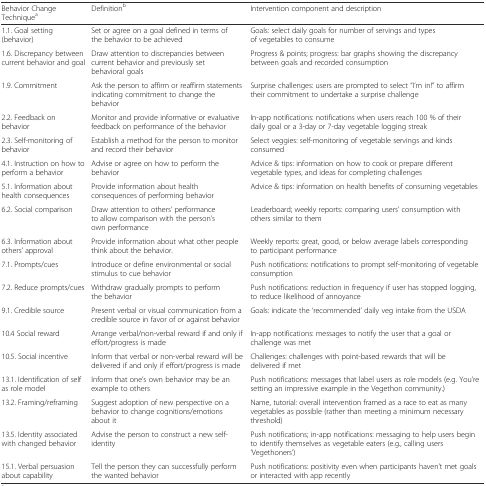
| Behavior Change Techniquea | Definitionb | Intervention component and description |
 | --- | --- | --- |
 | 1.1. Goal setting (behavior) | Set or agree on a goal defined in terms of the behavior to be achieved | Goals: select daily goals for number of servings and types of vegetables to consume |
 | 1.6. Discrepancy between current behavior and goal | Draw attention to discrepancies between current behavior and previously set behavioral goals | Progress & points; progress: bar graphs showing the discrepancy between goals and recorded consumption |
 | 1.9. Commitment | Ask the person to affirm or reaffirm statements indicating commitment to change the behavior | Surprise challenges: users are prompted to select “I’m in!” to affirm their commitment to undertake a surprise challenge |
 | 2.2. Feedback on behavior | Monitor and provide informative or evaluative feedback on performance of the behavior | In-app notifications: notifications when users reach 100 % of their daily goal or a 3-day or 7-day vegetable logging streak |
 | 2.3. Self-monitoring of behavior | Establish a method for the person to monitor and record their behavior | Select veggies: self-monitoring of vegetable servings and kinds consumed |
 | 4.1. Instruction on how to perform a behavior | Advise or agree on how to perform the behavior | Advice & tips: information on how to cook or prepare different vegetable types, and ideas for completing challenges |
 | 5.1. Information about health consequences | Provide information about health consequences of performing behavior | Advice & tips: information on health benefits of consuming vegetables |
 | 6.2. Social comparison | Draw attention to others’ performance to allow comparison with the person’s own performance | Leaderboard; weekly reports: comparing users’ consumption with others similar to them |
 | 6.3. Information about others’ approval | Provide information about what other people think about the behavior. | Weekly reports: great, good, or below average labels corresponding to participant performance |
 | 7.1. Prompts/cues | Introduce or define environmental or social stimulus to cue behavior | Push notifications: notifications to prompt self-monitoring of vegetable consumption |
 | 7.2. Reduce prompts/cues | Withdraw gradually prompts to perform the behavior | Push notifications: reduction in frequency if user has stopped logging, to reduce likelihood of annoyance |
 | 9.1. Credible source | Present verbal or visual communication from a credible source in favor of or against behavior | Goals: indicate the ‘recommended’ daily veg intake from the USDA |
 | 10.4 Social reward | Arrange verbal/non-verbal reward if and only if effort/progress is made | In-app notifications: messages to notify the user that a goal or challenge was met |
 | 10.5. Social incentive | Inform that verbal or non-verbal reward will be delivered if and only if effort/progress is made | Challenges: challenges with point-based rewards that will be delivered if met |
 | 13.1. Identification of self as role model | Inform that one’s own behavior may be an example to others | Push notifications: messages that label users as role models (e.g. You’re setting an impressive example in the Vegethon community.) |
 | 13.2. Framing/reframing | Suggest adoption of new perspective on a behavior to change cognitions/emotions about it | Name, tutorial: overall intervention framed as a race to eat as many vegetables as possible (rather than meeting a minimum necessary threshold) |
 | 13.5. Identity associated with changed behavior | Advise the person to construct a new self-identity | Push notifications; in-app notifications: messaging to help users begin to identify themselves as vegetable eaters (e.g., calling users ‘Vegethoners’) |
 | 15.1. Verbal persuasion about capability | Tell the person they can successfully perform the wanted behavior | Push notifications: positivity even when participants haven’t met goals or interacted with app recently |